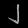
Digit: ၂